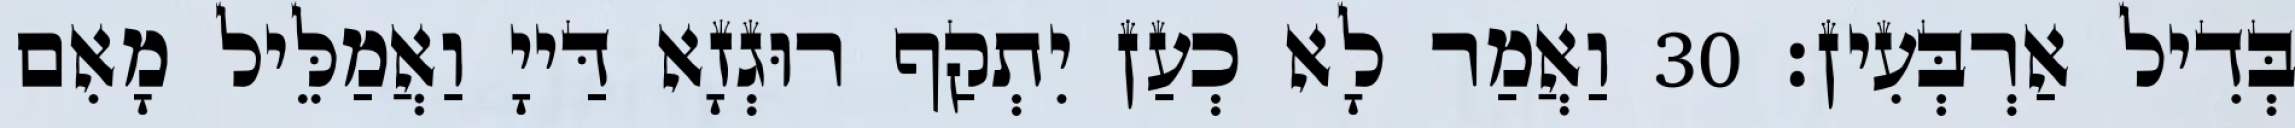
בְּדִיל אַרְבְּעִין׃ 30 וַאֲמַר לָא כְעַן יִתְקַף רוּגְזָא דַּייָ וַאֲמַלֵּיל מָאִם